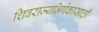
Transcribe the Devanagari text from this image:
शिवराज्यभिषेकासाठी